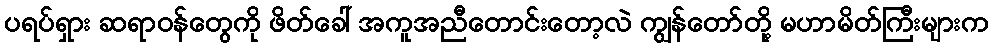
ပရပ်ရှား ဆရာဝန်တွေကို ဖိတ်ခေါ် အကူအညီတောင်းတော့လဲ ကျွန်တော်တို့ မဟာမိတ်ကြီးများက